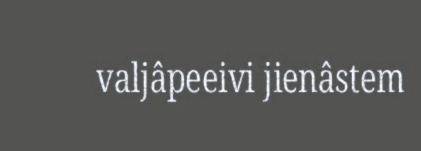
valjâpeeivi jienâstem